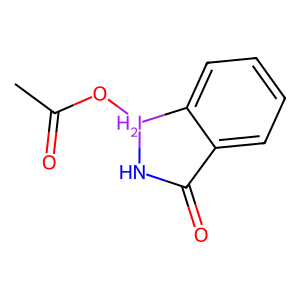
SMILES: CC(=O)O[IH2]1NC(=O)c2ccccc21
Inhibits HIV replication: Yes